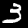
Digit: 3